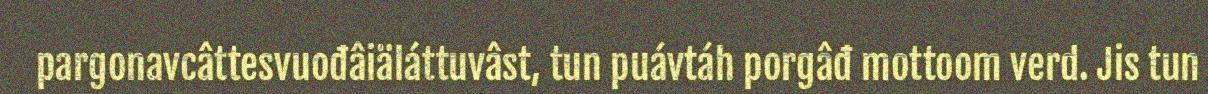
pargonavcâttesvuođâiäláttuvâst, tun puávtáh porgâđ mottoom verd. Jis tun